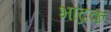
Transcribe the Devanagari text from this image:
भाद्रक